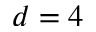
d = 4